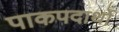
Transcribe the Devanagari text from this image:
पाकपदार्थो